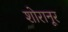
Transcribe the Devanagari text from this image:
शोरानूर